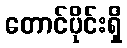
တောင်ပိုင်းရှိ